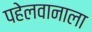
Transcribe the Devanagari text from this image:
पहेलवानाला